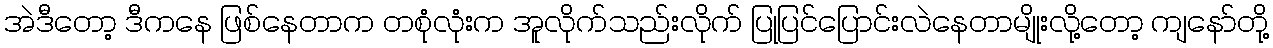
အဲဒီတော့ ဒီကနေ ဖြစ်နေတာက တစုံလုံးက အူလိုက်သည်းလိုက် ပြုပြင်ပြောင်းလဲနေတာမျိုးလို့တော့ ကျနော်တို့